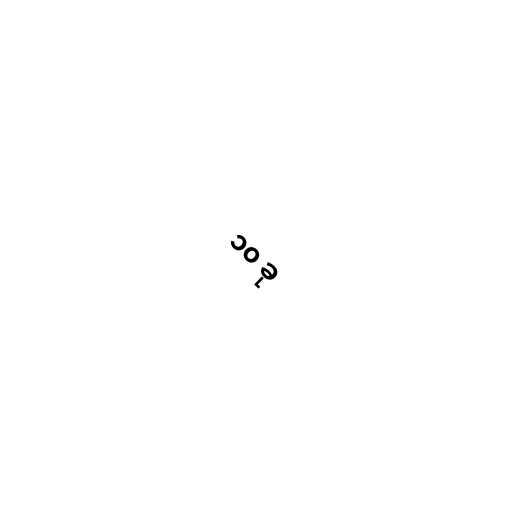
၁၀ ခု